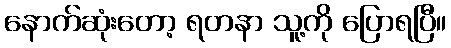
နောက်ဆုံးတော့ ရတနာ သူ့ကို ပြောရပြီ။